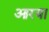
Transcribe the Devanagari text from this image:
आरया